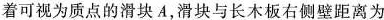
2.(2019湘赣十四校联考，16)(10分)如图所示，足够长